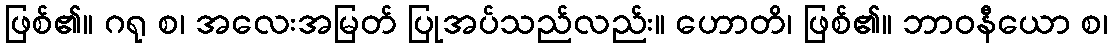
ဖြစ်၏။ ဂရု စ၊ အလေးအမြတ် ပြုအပ်သည်လည်း။ ဟောတိ၊ ဖြစ်၏။ ဘာဝနီယော စ၊